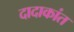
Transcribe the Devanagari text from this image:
दादाकांत